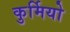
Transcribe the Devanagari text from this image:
कुर्मियो